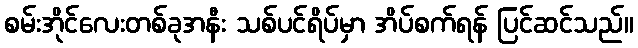
စမ်းအိုင်လေးတစ်ခုအနီး သစ်ပင်ရိပ်မှာ အိပ်စက်ရန် ပြင်ဆင်သည်။